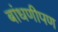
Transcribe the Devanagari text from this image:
बांधणीपण